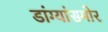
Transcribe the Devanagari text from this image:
डांग्यांसमोर